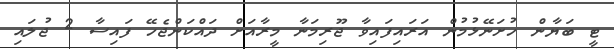
ޓީ ބަޔާން ހުށަނޭޅުމުން އަރައިފައިވާ ޖޫރިމަނާ މީރާއަށް ދައްކަންޖެހޭ ފައިސާ 2 ޖުލައި